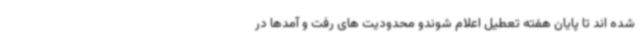
شده اند تا پایان هفته تعطیل اعلام شوندو محدودیت های رفت و آمدها در